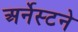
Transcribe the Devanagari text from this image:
अर्नेस्टने